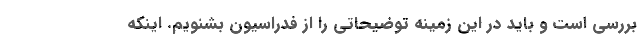
بررسی است و باید در این زمینه توضیحاتی را از فدراسیون بشنویم. اینکه